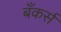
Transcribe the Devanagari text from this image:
बँकर्स